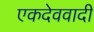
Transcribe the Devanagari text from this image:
एकदेववादी